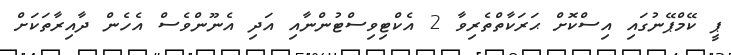
ޕީ ކޭމްޕޭނުގައި އިސްކޮށް ޙަރަކާތްތެރިވާ 2 އެކްޓިވިސްޓުންނާއި އަދި އެނޫންވެސް އެހެން ދާއިރާތަކަށް